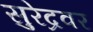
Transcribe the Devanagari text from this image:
सुरेद्रवर